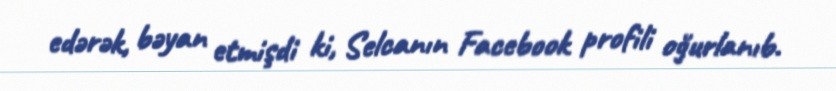
edərək, bəyan etmişdi ki, Selcanın Facebook profili oğurlanıb.